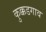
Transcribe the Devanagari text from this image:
कुक्कडगाव